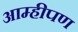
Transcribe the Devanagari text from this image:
आम्हीपण